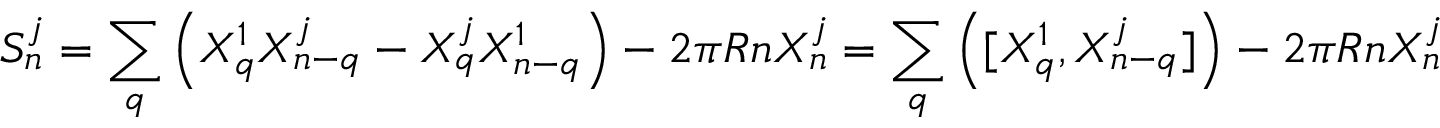
S _ { n } ^ { j } = \sum _ { q } \left( X _ { q } ^ { 1 } X _ { n - q } ^ { j } - X _ { q } ^ { j } X _ { n - q } ^ { 1 } \right) - 2 \pi R n X _ { n } ^ { j } = \sum _ { q } \left( [ X _ { q } ^ { 1 } , X _ { n - q } ^ { j } ] \right) - 2 \pi R n X _ { n } ^ { j }